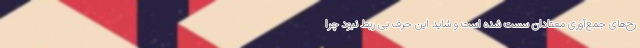
رح‌های جمع‌آوری معتادان سست شده است و شاید این حرف بی ربط نبود چرا